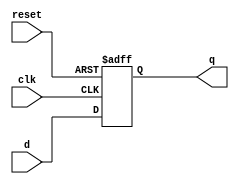
module dflip(d,clk,reset,q);
    input d,clk,reset;
    output reg q;

    always@(posedge clk or negedge reset)
    begin
        if(reset == 1'b0)
        q <= 1'b0;
        else
        q <= d;
    end
endmodule

module jkflip(j,k,clk,reset,q);
    input j,k,clk,reset;
    output reg q;

    always @(posedge clk or negedge reset) 
    begin
        if(reset == 1'b0)
        q <= 1'b0;
        else
        q <= (j&(~q)) | (k&q);
    end
endmodule

module tflip(t,clk,reset,q);

    input  t,clk,reset;
    output reg  q;

    always @ (posedge clk or negedge reset) begin
        if (reset == 1'b0)
            q <= 1'b0;
        else
    	if (t)
      		q <= ~q;
    	else
      		q <= q;
    end
endmodule